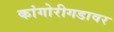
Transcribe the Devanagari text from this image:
कांगोरीगडावर